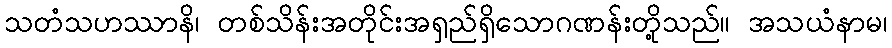
သတံသဟဿာနိ၊ တစ်သိန်းအတိုင်းအရှည်ရှိသောဂဏန်းတို့သည်။ အသယံနာမ၊